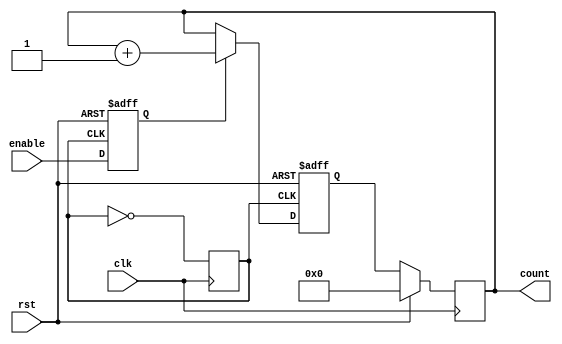
module bcd_up_counter_with_enable (
    input wire clk,
    input wire rst,
    input wire enable,
    output reg [3:0] count
);

reg [3:0] count_next;
reg enable_sync;
reg clk_sync;

always @(posedge clk) begin
    if (rst) begin
        count <= 4'b0000;
    end else begin
        count <= count_next;
    end
end

always @(posedge clk) begin
    clk_sync <= ~clk_sync;
end

always @(posedge clk_sync or posedge rst) begin
    if (rst) begin
        enable_sync <= 1'b0;
    end else begin
        enable_sync <= enable;
    end
end

always @(posedge clk_sync or posedge rst) begin
    if (rst) begin
        count_next <= 4'b0000;
    end else begin
        if (enable_sync) begin
            count_next <= count + 4'b0001;
        end else begin
            count_next <= count;
        end
    end
end

endmodule